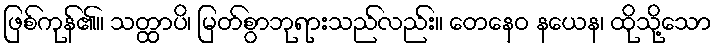
ဖြစ်ကုန်၏။ သတ္ထာပိ၊ မြတ်စွာဘုရားသည်လည်း။ တေနေဝ နယေန၊ ထိုသို့သော